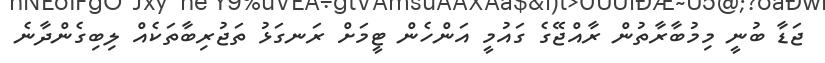
ޖަޑާ ބުނީ މިމުބާރާތުން ރާއްޖޭގެ ގައުމީ އަންހެން ޓީމަށް ރަނގަޅު ތަޖުރިބާތަކެއް ލިބިގެންދާނެ